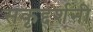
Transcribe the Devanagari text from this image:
सकृद्दर्शनी